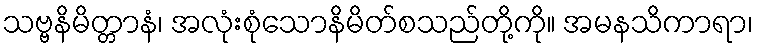
သဗ္ဗနိမိတ္တာနံ၊ အလုံးစုံသောနိမိတ်စသည်တို့ကို။ အမနသိကာရာ၊